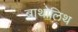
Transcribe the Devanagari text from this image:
बाथोलिथ